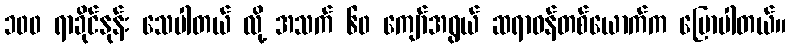
၁၀၀ ရာခိုင်နုန်း သေပါတယ် လို့ အသက် ၆၀ ကျော်အရွယ် ဆရာဝန်တစ်ယောက်က ပြောပါတယ်။